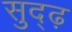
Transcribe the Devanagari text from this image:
सुद्ढ़